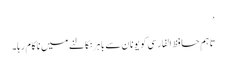
‘
تاہم حافظ الفارسی کو یونان سے باہر نکالنے میں ناکام رہا۔